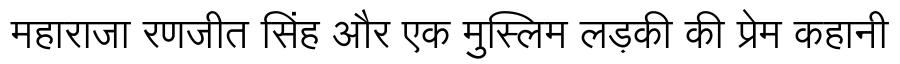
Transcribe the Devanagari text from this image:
महाराजा रणजीत सिंह और एक मुस्लिम लड़की की प्रेम कहानी